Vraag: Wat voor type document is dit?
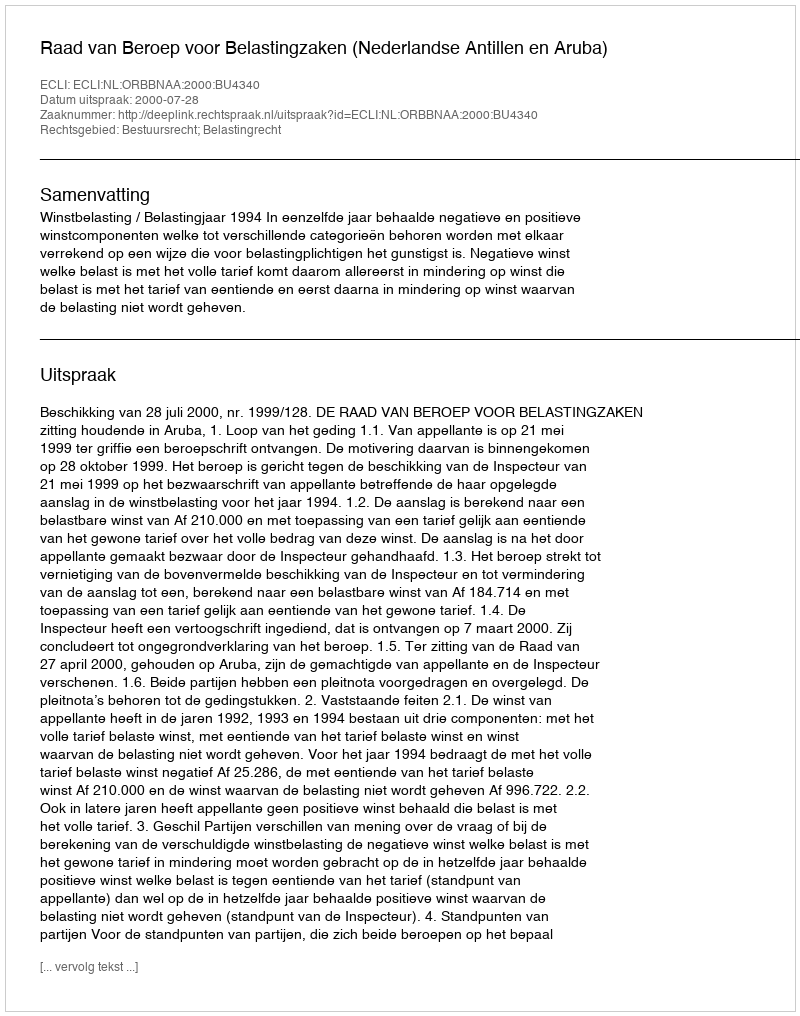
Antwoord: Uitspraak